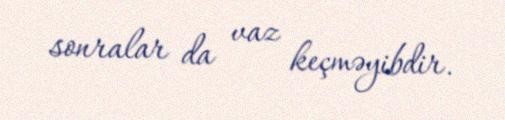
sonralar da vaz keçməyibdir.